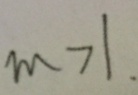
m > 1 .